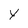
Character: Y